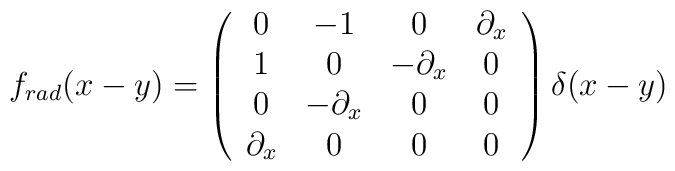
f_{rad}(x-y)=\left(\begin{array}{cccc}0 & {-1} & 0 & \partial_x \\1 & 0 & {-\partial_x} & 0 \\0 & {-\partial_x} & 0  & 0 \\\partial_x & 0 & 0 & 0\end{array}\right)\delta(x-y)